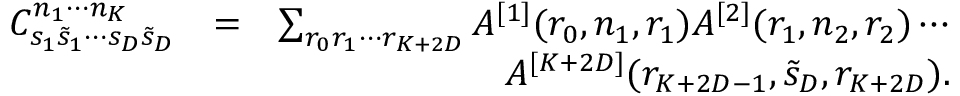
\begin{array} { r l r } { C _ { s _ { 1 } \tilde { s } _ { 1 } \cdots s _ { D } \tilde { s } _ { D } } ^ { n _ { 1 } \cdots n _ { K } } } & { = } & { \sum _ { r _ { 0 } r _ { 1 } \cdots r _ { K + 2 D } } A ^ { [ 1 ] } ( r _ { 0 } , n _ { 1 } , r _ { 1 } ) A ^ { [ 2 ] } ( r _ { 1 } , n _ { 2 } , r _ { 2 } ) \cdots } \\ & { } & { \qquad \quad A ^ { [ K + 2 D ] } ( r _ { K + 2 D - 1 } , \tilde { s } _ { D } , r _ { K + 2 D } ) . } \end{array}